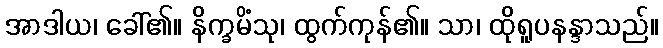
အာဒါယ၊ ခေါ်၏။ နိက္ခမိံသု၊ ထွက်ကုန်၏။ သာ၊ ထိုရူပနန္ဒာသည်။